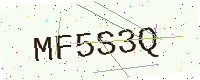
Text: MF5S3Q